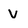
Character: v